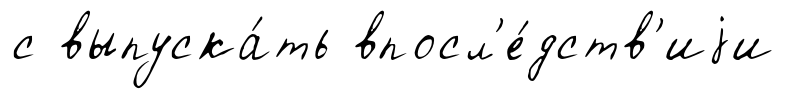
с выпуска́ть впосл'е́дств'иjи